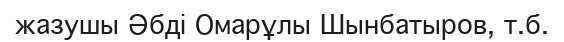
жазушы Әбді Омарұлы Шынбатыров, т.б.